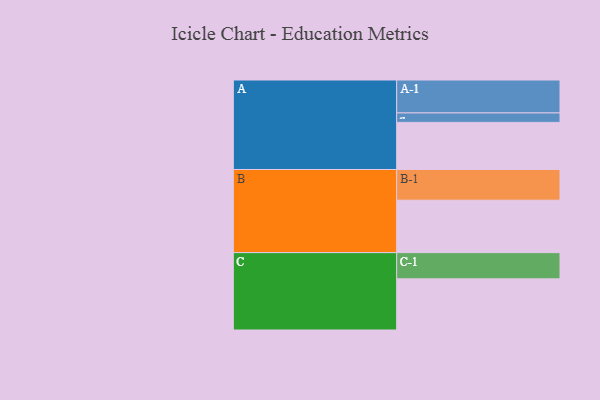
{"axis": {"x": "Segment", "y": "Value"}, "legend": ["", "A", "B", "C"], "data": [{"x": "A", "y": 408, "type": ""}, {"x": "B", "y": 454, "type": ""}, {"x": "C", "y": 443, "type": ""}, {"x": "A-1", "y": 285, "type": "A"}, {"x": "A-2", "y": 82, "type": "A"}, {"x": "B-1", "y": 266, "type": "B"}, {"x": "C-1", "y": 227, "type": "C"}]}